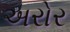
અરોર